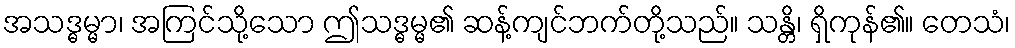
အသဒ္ဓမ္မာ၊ အကြင်သို့သော ဤသဒ္ဓမ္မ၏ ဆန့်ကျင်ဘက်တို့သည်။ သန္တိ၊ ရှိကုန်၏။ တေသံ၊